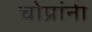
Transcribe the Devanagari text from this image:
चोप्रांनी